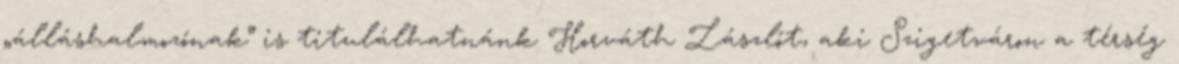
„álláshalmozónak” is titulálhatnánk Horváth Lászlót, aki Szigetváron a térség